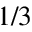
1 / 3